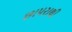
છાપરાથી